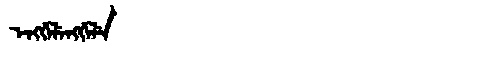
Manchu: ᡝᠩᡤᡝᠯᡝᠩᡤᡝᠯᡝ
Romanization: ENGGELENGGELE